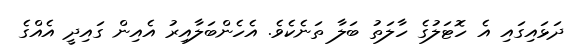
ދަޅައިގައި އެ ހޮޓަލުގެ ހާލަތު ބަލާ ތަނެކެވެ. އެހެންބަލާއިރު އެއިން ގައިދީ އެއްގެ